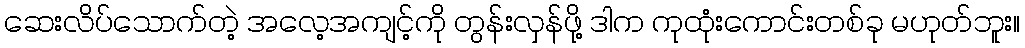
ဆေးလိပ်သောက်တဲ့ အလေ့အကျင့်ကို တွန်းလှန်ဖို့ ဒါက ကုထုံးကောင်းတစ်ခု မဟုတ်ဘူး။